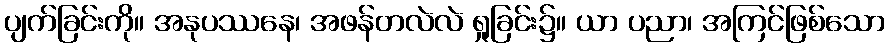
ပျက်ခြင်းကို။ အနုပဿနေ၊ အဖန်တလဲလဲ ရှုခြင်း၌။ ယာ ပညာ၊ အကြင်ဖြစ်သော